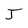
Character: J